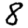
Digit: 8